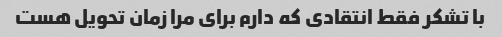
با تشکر فقط انتقادی که دارم برای مرا زمان تحویل هست